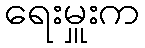
ရေးမှူးက